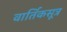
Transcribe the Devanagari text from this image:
वार्तिकसूत्र